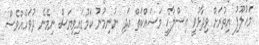
މަހުލޫފު އިތުރަށް ވިދާޅުވީ އިސްލާހީ މަސައްކަތް އަދި ނުނިމުނު ކަމުގައިވިޔަސް ނިމޭނެ ދުވަހެއްވެސް